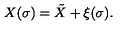
X ( \sigma ) = \tilde { X } + \xi ( \sigma ) .